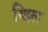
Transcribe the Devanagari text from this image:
व्हिल